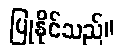
ပြုနိုင်သည်။